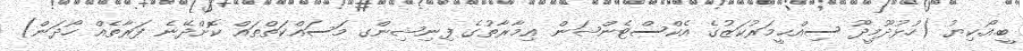
ބީ.އޯ.ކިޔު (ހުޅުދޫމީދޫ ސިއްޙީމަރުކަޒުގެ އެކްސްޓެންޝަން ޢިމާރާތުގެ ފިނިޝިންގ މަސައްކަތްތައް ކޮށްދޭނެ ފަރާތެއް ހޯދަން)